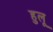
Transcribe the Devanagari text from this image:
हुलू